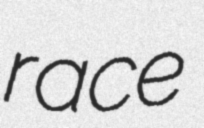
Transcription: race